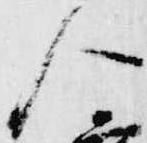
人